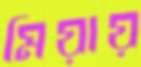
মিয়ায়